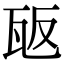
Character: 瓪